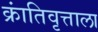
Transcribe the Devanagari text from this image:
क्रांतिवृत्ताला